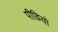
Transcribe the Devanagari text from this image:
पीढियो